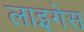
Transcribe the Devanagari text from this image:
लाइगेस